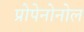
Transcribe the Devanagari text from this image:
प्रोपेनोनोल